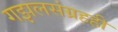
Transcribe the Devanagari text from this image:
गझलसंग्रहही